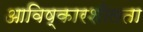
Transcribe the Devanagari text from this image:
आविष्कारशीलता